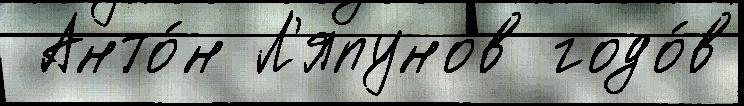
 Анто́н Л'япунов годо́в